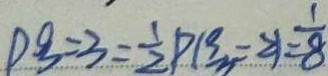
P ^ { 0 } _ { 3 } = 3 = \frac { 1 } { 2 } P ( ^ { 9 } _ { 3 } - 2 ) = \frac { 1 } { 8 }